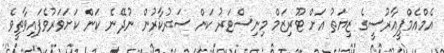
އެމްއެމްޕީއާރުސީގެ ޒިޔަތު އަށް ޓޫރިޒަމް މިނިސްޓަރު ކަން ސަރުކާރުން ނުދޭނެ ކަން ކަށަވަރުވެފައިވާތީވެ